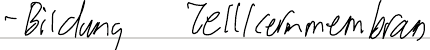
- Bildung Zellkernmembran